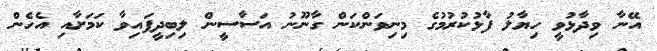
އޭނާ ވިދާޅުވީ ހިޔާލު ފާޅުކުރުމުގެ މިނިވަންކަން ގާނޫނު އަސާސީން ލިބިދީފައިވާ ކަމަށާއި އެހެން